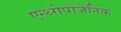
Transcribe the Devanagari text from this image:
एन्थ्‍रोपोजेनिक